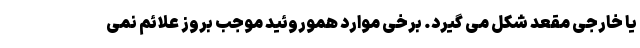
یا خارجی مقعد شکل می گیرد. برخی موارد هموروئید موجب بروز علائم نمی